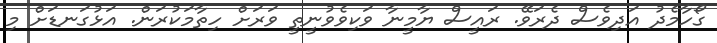
ގޯހާމެދު އަދިވެސް ދެރަވޭ. ރައީސް ޔާމީނާ ވަކިވެވުނީތީ ވަރަށް ހިތާމަކުރަން. އަޅުގަނޑަށް މި